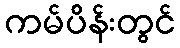
ကမ်ပိန်းတွင်